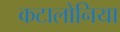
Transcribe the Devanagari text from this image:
कटालोनिया